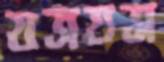
যত্রযত্র